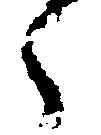
々